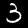
Label: 3